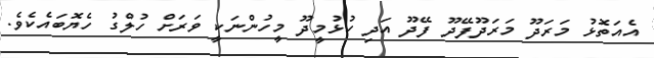
އެއަތޮޅު މަރަދޫ މަރަދޫފޭދޫ ފޭދޫ އަދި ހުޅުމީދޫ މީހުންނަކީ ވަރަށް ހުލްގު ހެޔޮބައެކެވެ.